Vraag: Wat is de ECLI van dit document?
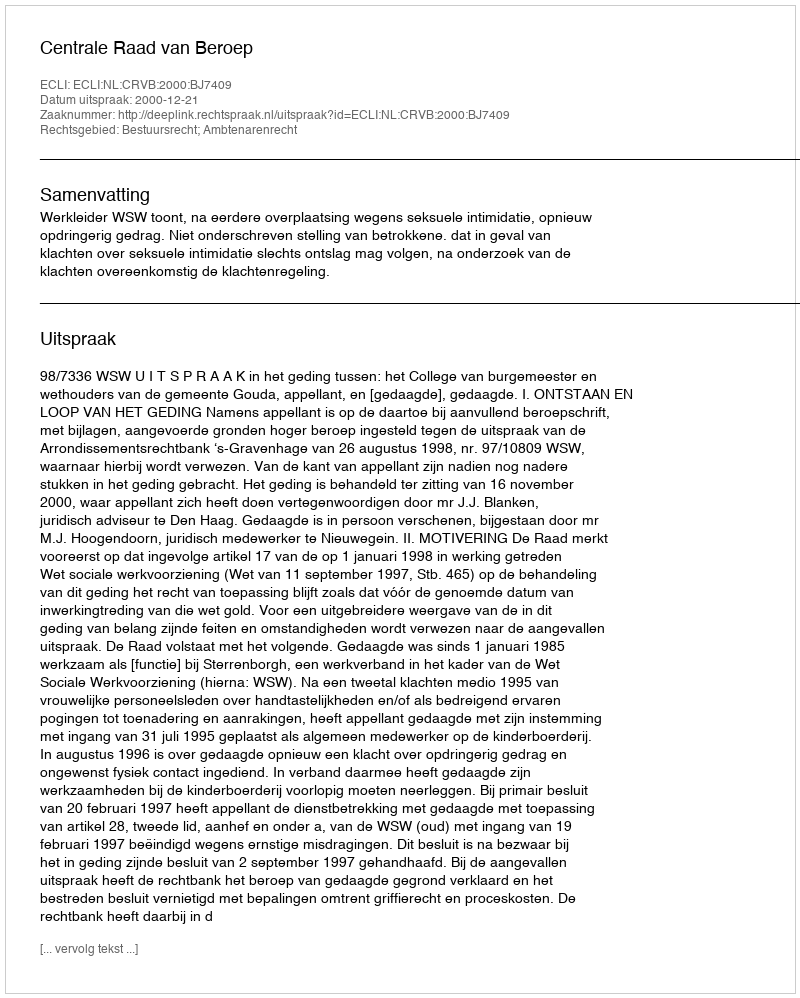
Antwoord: ECLI:NL:CRVB:2000:BJ7409